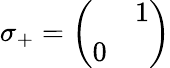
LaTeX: \sigma_{+}=\left(\begin{array}{cc}{{}}&{{1}}\\ {{0}}&{{}}\end{array}\right)